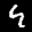
Label: 4